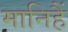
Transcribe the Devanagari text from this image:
मानिहैं